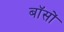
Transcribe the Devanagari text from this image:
बॉसों